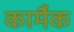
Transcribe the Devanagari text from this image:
कार्मैक